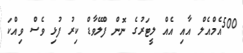
500އެމްއެލް އާއި އެއް ލީޓަރުގެ ނޮން ފްލޭވާޑް ކިރު ފުޅި ވެސް ވިއްކަ